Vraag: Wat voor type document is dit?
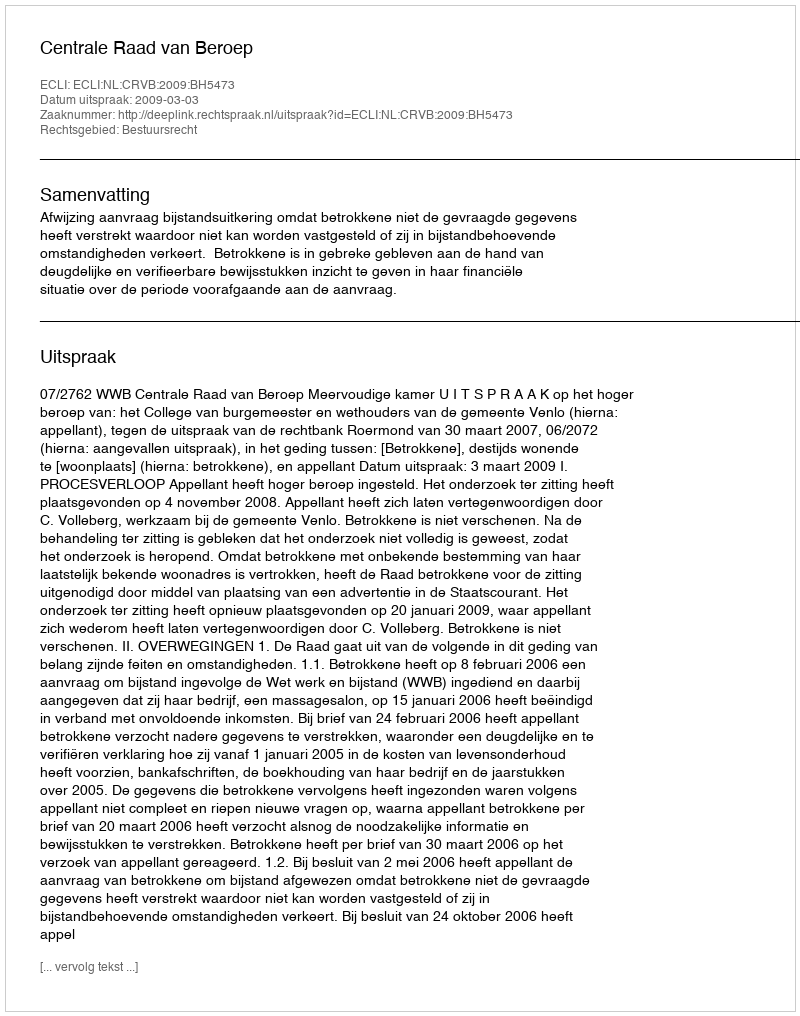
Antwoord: Uitspraak